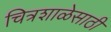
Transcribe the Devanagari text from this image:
चित्रशाळेसाठी